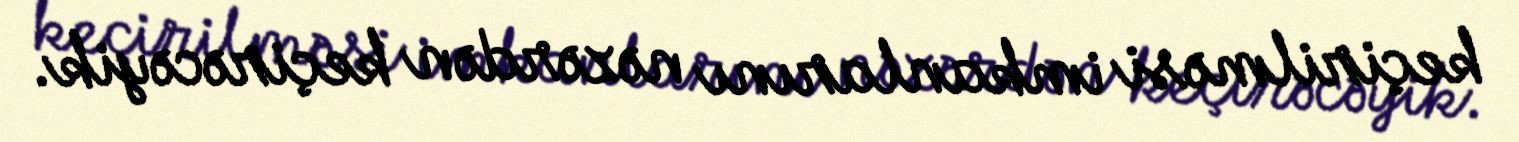
keçirilməsi imkanlarını nəzərdən keçirəcəyik.